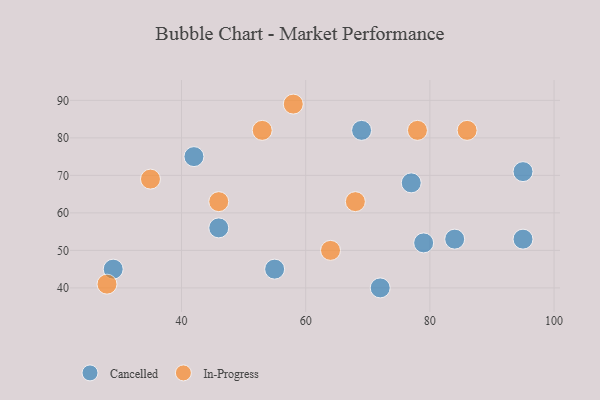
{"axis": {"x": "GDP", "y": "Life Expectancy"}, "legend": ["Cancelled", "In-Progress"], "data": [{"x": "69", "y": 82, "type": "Cancelled"}, {"x": "46", "y": 56, "type": "Cancelled"}, {"x": "77", "y": 68, "type": "Cancelled"}, {"x": "42", "y": 75, "type": "Cancelled"}, {"x": "55", "y": 45, "type": "Cancelled"}, {"x": "95", "y": 71, "type": "Cancelled"}, {"x": "72", "y": 40, "type": "Cancelled"}, {"x": "95", "y": 53, "type": "Cancelled"}, {"x": "29", "y": 45, "type": "Cancelled"}, {"x": "79", "y": 52, "type": "Cancelled"}, {"x": "84", "y": 53, "type": "Cancelled"}, {"x": "64", "y": 50, "type": "In-Progress"}, {"x": "68", "y": 63, "type": "In-Progress"}, {"x": "78", "y": 82, "type": "In-Progress"}, {"x": "28", "y": 41, "type": "In-Progress"}, {"x": "58", "y": 89, "type": "In-Progress"}, {"x": "86", "y": 82, "type": "In-Progress"}, {"x": "46", "y": 63, "type": "In-Progress"}, {"x": "35", "y": 69, "type": "In-Progress"}, {"x": "53", "y": 82, "type": "In-Progress"}]}